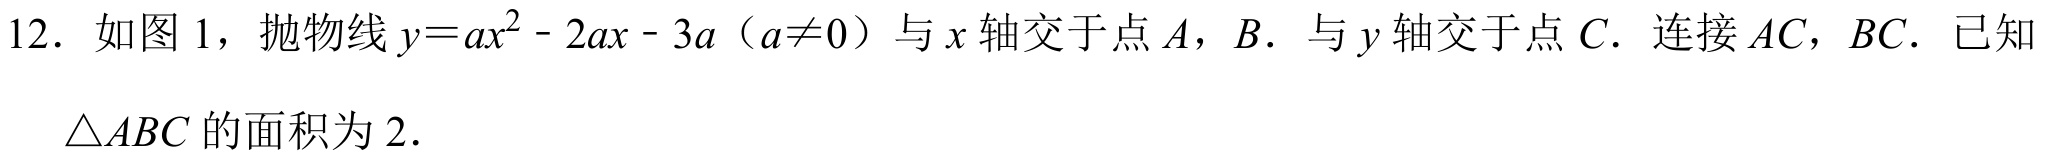
12. 如图1，抛物线\(y = ax^{2}-2ax - 3a\)（\(a\neq0\)）与\(x\)轴交于点\(A\)，\(B\)．与\(y\)轴交于点\(C\)．连接\(AC\)，\(BC\)．已知\(\triangle ABC\)的面积为\(2\)．